Report on plague in the Punjab from October 1st ... to September 30th ..., being the ... season of plague in the province
Disease focus: Plague
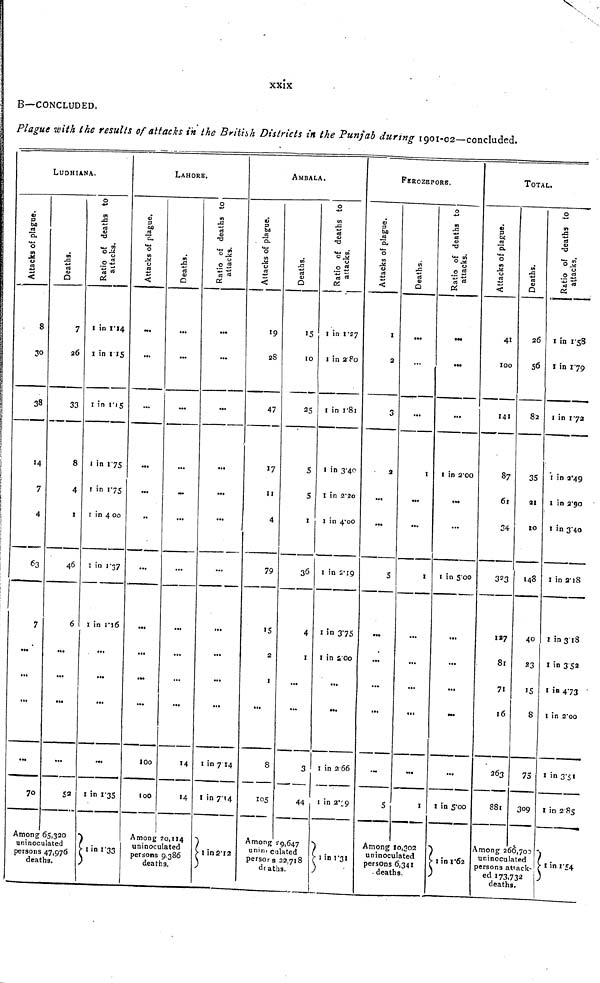
XXIX
B—CONCLUDED.
Plague with the results of attacks in the British Districts in the Punjab during 1901-02—concluded.
LUDHIANA.
Attacks of plague
.
8
30
38
——*
7
4
' ;
63
7
...
...
...
...
70
Deaths.
7
26
33
8
4
1
46
6
...
...
...
...
Among 65,320
uninoculated
persons 47,976
deaths.
Radio of deaths to attacks.
1 in 1.14
I in IIS
1 in l. 15
1 in 1.75
1 in 175
1 in 4 00
1 in 1.37
1 in 1.16
...
...
...
1 in 1.35
1 in 1.33
LAHORE,
Attacks of plague.
•••
...
...
...
...
»
...
...
...
...
100
100
Deaths
...
...
——
*..
...
...
...
...
...
...
14
14
Among 20,144
uninoculated
persons 9.386
deaths.
Radio of deaths to attacks.
...
...
...
...
...
„
..
...
...
...
1 in 7 14
1 in 7.14
1 in 2.12
AMBALA.
Attacks of plague.
19
28
47
17
11
4
79
15
2
1
...
8
105
Deaths
10
S
5
1
36
4
1
...
...
3
—.
44
Among 29,647
uninoculated
persor s 22,718
deaths.
0
Radio of deaths to attacks.
1 in 1.27
1 in 2.80
1 in 1.81
1 in 3.40
1 in 2.20
I in 4.00
1 in 2.19
1 in 375
01 in 2.00
...
...
1 in 2 66
01 in 2.69
1 in 1.31
1
FEROZEPORB.
Attacks of plagues.
I
2
3
2
...
...
S
...
...
...
...
...
S
Deaths
...
...
I
...
...
I
...
...
...
...
I
Among 10,302
uninoculated
persons 6,341
- deaths.
Radio of deaths to attacks.
•..
...
...
1 in 2.00
••
...
1 in 5.00
...
...
...
.
1 in 5.00
1 in 1.62
TOTAL.
Attacks of plague.
100
141
87
61
34
323
127
81
71
16
881
Deaths.
26
56
82
35
21
to
148
40
23
15
8
75
309
Among 266,702
uninoculated
persons attack-
ed I73,732
deaths.
Radio of death
1 in 1.58
I in 1.79
1 in 1 72
1 in 2.49
1 in 2.90
1 in 3.40
1 in 2.18
! in 3.18
1 in 3.52
1 in 4.73
1 in 2'oo
1 in 3.51
1 in 2 .85
1 in 1.54